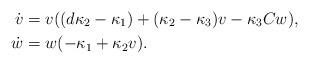
LaTeX: \begin{align*}\dot{v} &= v((d\kappa_2 - \kappa_1) + (\kappa_2 -\kappa_3) v - \kappa_3 C w), \\\dot{w} &= w(-\kappa_1 + \kappa_2 v) .\end{align*}